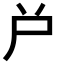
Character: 𡰤